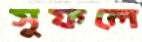
সুফলে